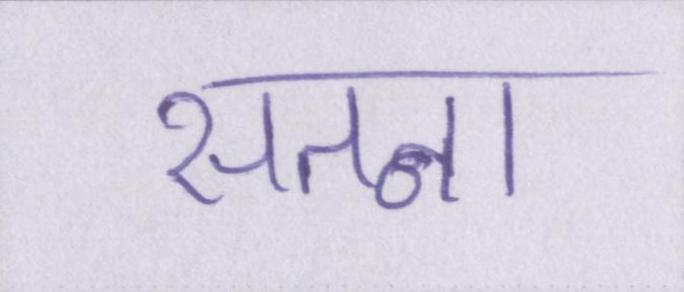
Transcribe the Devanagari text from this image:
सतना